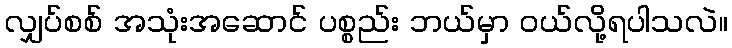
လျှပ်စစ် အသုံးအဆောင် ပစ္စည်း ဘယ်မှာ ဝယ်လို့ရပါသလဲ။